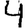
Digit: 4